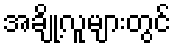
အချို့လူများတွင်